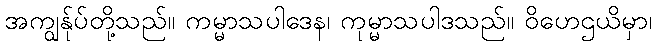
အကျွန်ုပ်တို့သည်။ ကမ္မာသပါဒေန၊ ကုမ္မာသပါဒသည်။ ဝိဟေဌယိမှာ၊